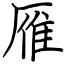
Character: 雁